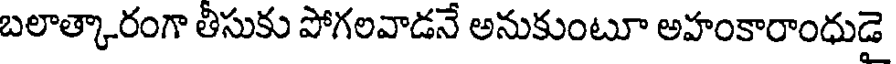
బలాత్కారంగా తీసుకు పోగలవాడనే అనుకుంటూ అహంకారాంధుడై